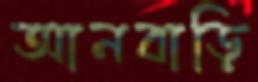
আনবাড়ি